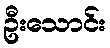
ဦးသောင်း